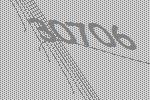
30706